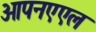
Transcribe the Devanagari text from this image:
ओपनएएल